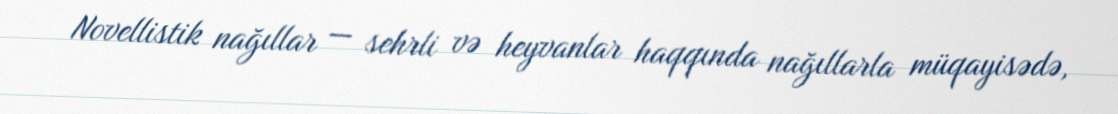
Novellistik nağıllar — sehrli və heyvanlar haqqında nağıllarla müqayisədə,